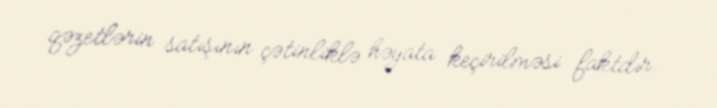
qəzetlərin satışının çətinliklə həyata keçirilməsi faktdır.